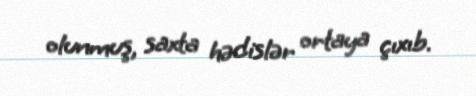
olunmuş, saxta hədislər ortaya çıxıb.